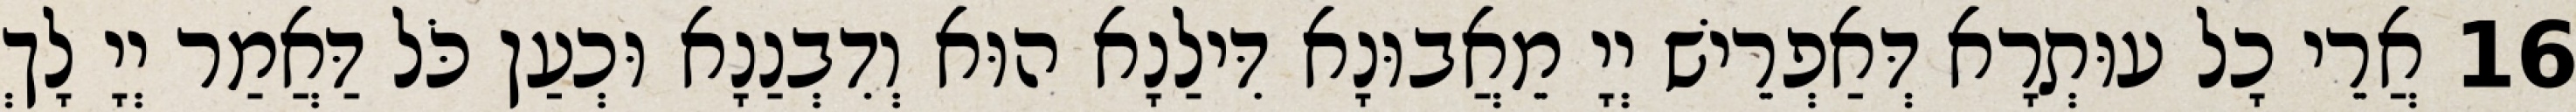
16 אֲרֵי כָל עוּתְרָא דְּאַפְרֵישׁ יְיָ מֵאֲבוּנָא דִּילַנָא הוּא וְדִבְנַנָא וּכְעַן כֹּל דַּאֲמַר יְיָ לָךְ